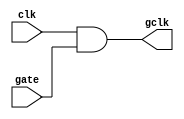
module clock_gating (
    input wire clk,      // Main clock signal
    input wire gate,     // Control signal to enable/disable clock
    output wire gclk     // Gated clock signal
);

// Implementing clock gating using an AND gate
assign gclk = clk & gate;

endmodule